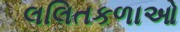
લલિતકળાઓ